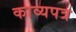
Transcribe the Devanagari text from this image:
काव्यपत्र